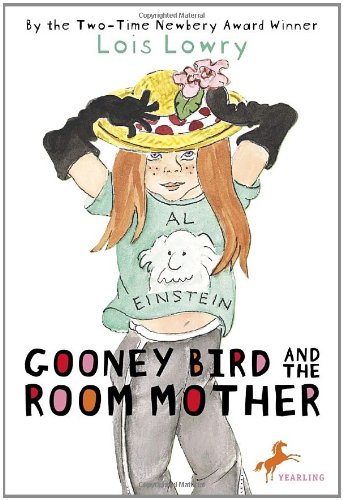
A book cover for Gooney Bird and the Room Mother; Lois Lowry; Children's Books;